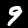
Digit: 9